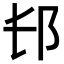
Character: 𨙲